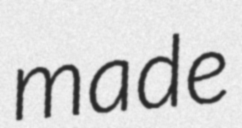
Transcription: made